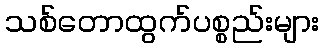
သစ်တောထွက်ပစ္စည်းများ